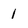
Character: 1